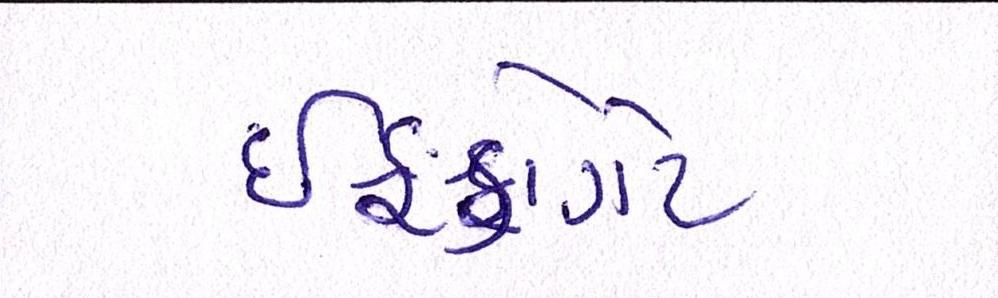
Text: ઈફકોગેટ